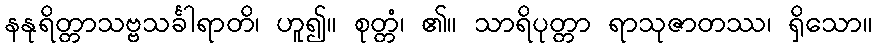
နနုရိတ္တာသဗ္ဗသင်္ခါရာတိ၊ ဟူ၍။ စုတ္တံ၊ ၏။ သာရိပုတ္တာ ရာသုဇာတဿ၊ ရှိသော။